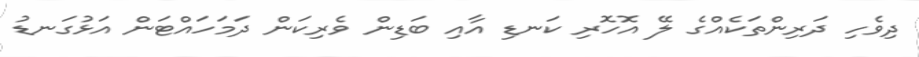
ދިވެހި ދަރިންތަކެއްގެ ލޭ އޮހޮރި ކަނޑި އާއި ބަޑިން ވެރިކަން ދަމަހައްޓަން އަޅުގަނޑު